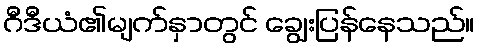
ဂီဒီယံ၏မျက်နှာတွင် ချွေးပြန်နေသည်။